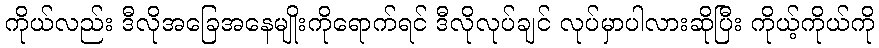
ကိုယ်လည်း ဒီလိုအခြေအနေမျိုးကိုရောက်ရင် ဒီလိုလုပ်ချင် လုပ်မှာပါလားဆိုပြီး ကိုယ့်ကိုယ်ကို